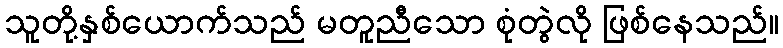
သူတို့နှစ်ယောက်သည် မတူညီသော စုံတွဲလို ဖြစ်နေသည်။